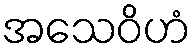
အသေဝိဟံ